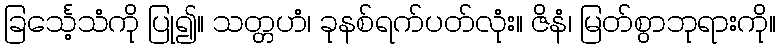
ခြင်္သေ့သံကို ပြု၍။ သတ္တဟံ၊ ခုနစ်ရက်ပတ်လုံး။ ဇိနံ၊ မြတ်စွာဘုရားကို။